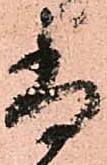
尚